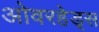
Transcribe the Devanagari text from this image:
ओवरहेड्स